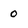
Character: 0